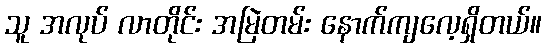
သူ အလုပ် လာတိုင်း အမြဲတမ်း နောက်ကျလေ့ရှိတယ်။